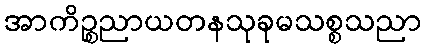
အာကိဉ္စညာယတနသုခုမသစ္စသညာ